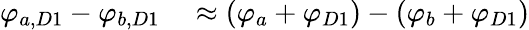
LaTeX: \begin{array}{rl}{\varphi_{a,D1}-\varphi_{b,D1}}&{{}\approx\left(\varphi_{a}+\varphi_{D1}\right)-\left(\varphi_{b}+\varphi_{D1}\right)}\end{array}